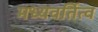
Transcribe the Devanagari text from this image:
मध्यवर्तित्व